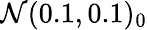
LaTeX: \mathcal{N}(0.1,0.1)_{0}